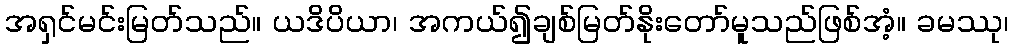
အရှင်မင်းမြတ်သည်။ ယဒိပိယာ၊ အကယ်၍ချစ်မြတ်နိုးတော်မူသည်ဖြစ်အံ့။ ခမဿု၊